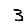
Digit: 3